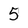
Character: 5